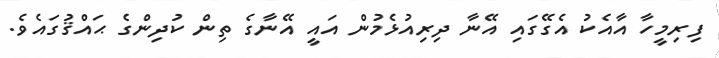
ފިރިމީހާ އާއެކު އެގޭގައި އޭނާ ދިރިއުޅެމުން އައީ އޭނާގެ ތިން ކުދިންގެ ޙައްޤުގައެވެ.